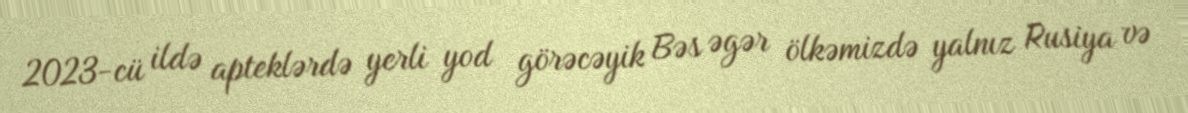
2023-cü ildə apteklərdə yerli yod görəcəyik Bəs əgər ölkəmizdə yalnız Rusiya və